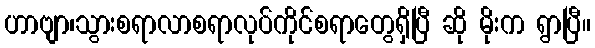
ဟာဗျာ၊သွားစရာလာစရာလုပ်ကိုင်စရာတွေရှိပြီ ဆို မိုးက ရွာပြီ။